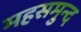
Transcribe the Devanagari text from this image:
महसमुन्द